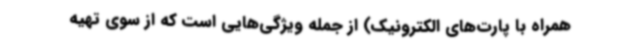
همراه با پارت‌های الکترونیک) از جمله ویژگی‌هایی است که از سوی تهیه